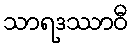
သာရဒဿာဝီ